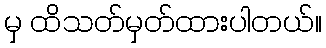
မှ ထိသတ်မှတ်ထားပါတယ်။